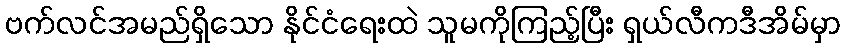
ဗက်လင်အမည်ရှိသော နိုင်ငံရေးထဲ သူမကိုကြည့်ပြီး ရှယ်လီကဒီအိမ်မှာ